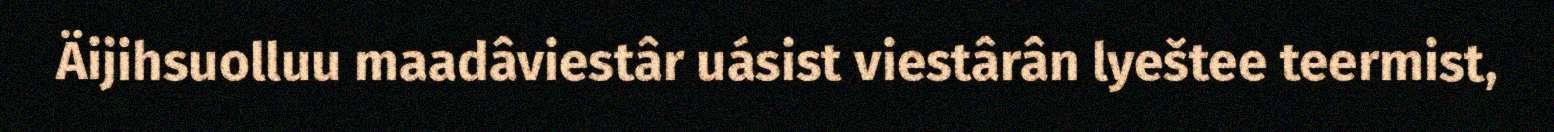
Äijihsuolluu maadâviestâr uásist viestârân lyeštee teermist,